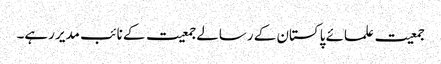
جمعیت علمائے پاکستان کے رسالے جمعیت کے نائب مدیر رہے۔